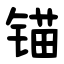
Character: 锚